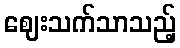
ဈေးသက်သာသည့်